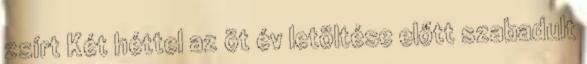
zsírt Két héttel az öt év letöltése előtt szabadult